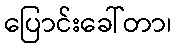
ပြောင်းခေါ်တာ၊